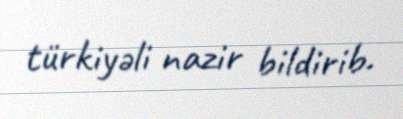
türkiyəli nazir bildirib.